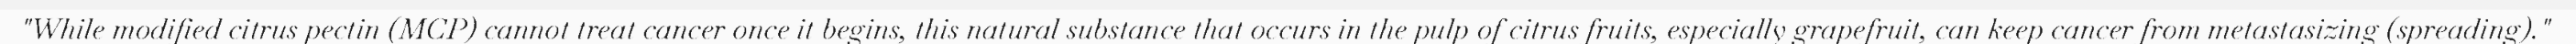
"While modified citrus pectin (MCP) cannot treat cancer once it begins, this natural substance that occurs in the pulp of citrus fruits, especially grapefruit, can keep cancer from metastasizing (spreading)."